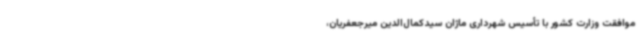
موافقت وزارت کشور با تأسیس شهرداری ماژان سیدکمال‌الدین میرجعفریان،